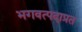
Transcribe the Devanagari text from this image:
भगवत्पदाप्रत